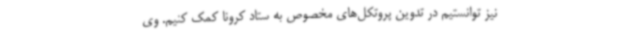
نیز توانستیم در تدوین پروتکل‌های مخصوص به ستاد کرونا کمک کنیم. وی